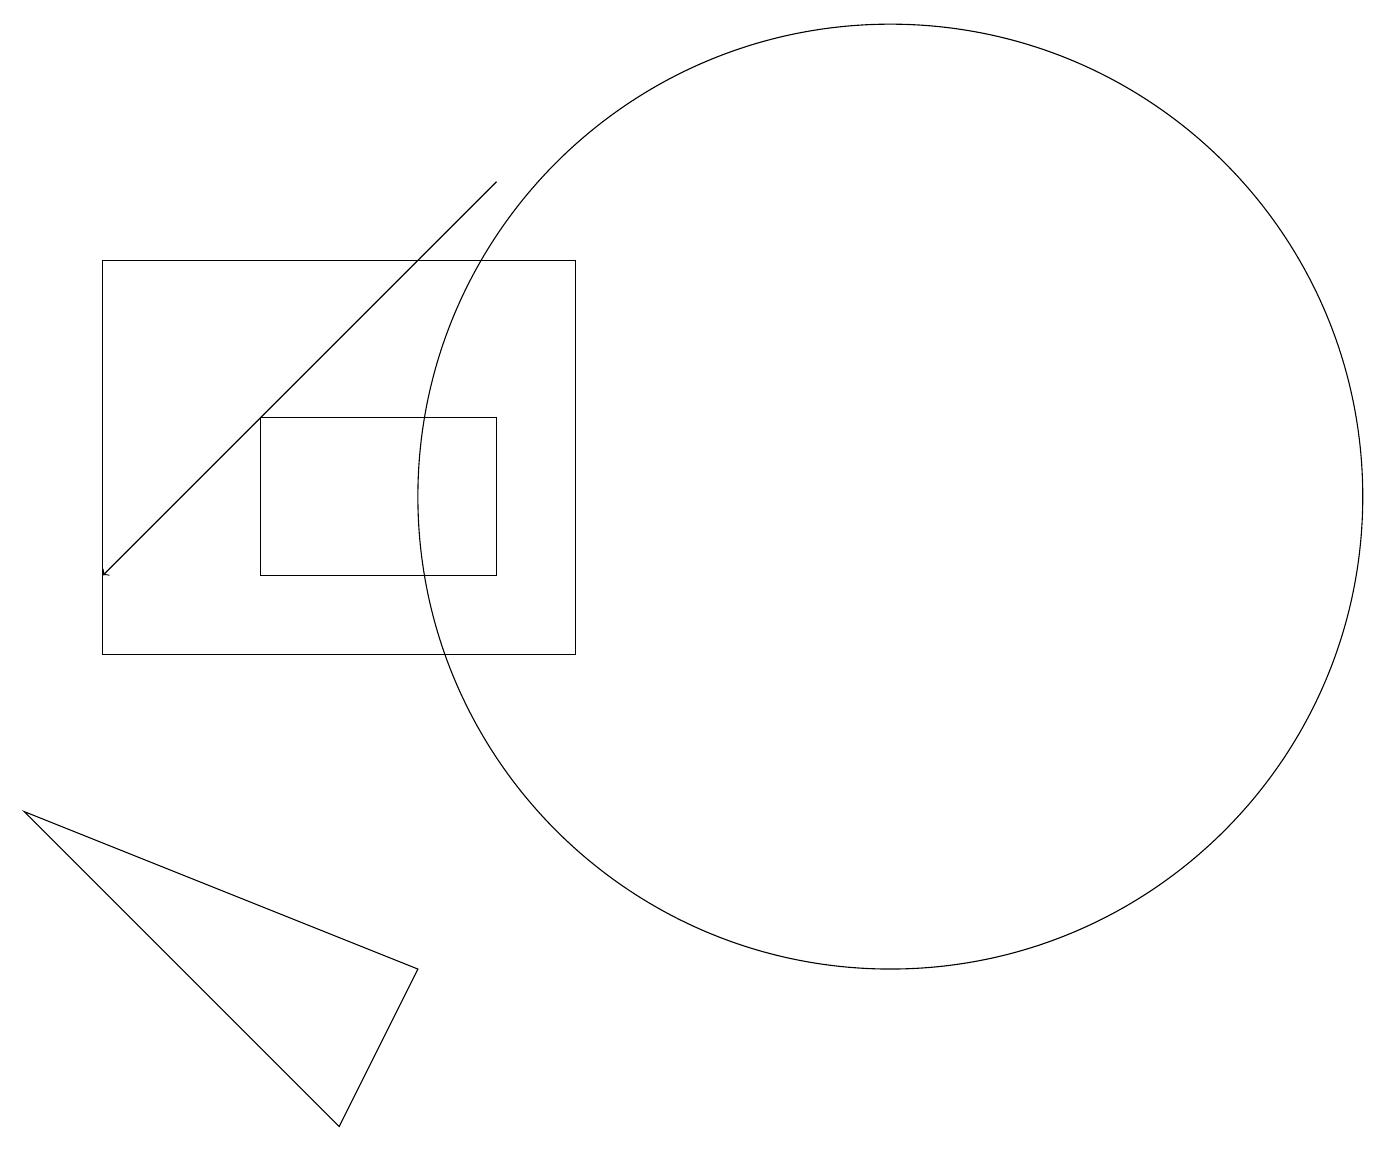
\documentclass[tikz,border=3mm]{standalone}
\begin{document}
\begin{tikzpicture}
\draw[->] (6,16) -- (1,11);
\draw (11,12) circle (6);
\draw (6,13) rectangle (3,11);
\draw (1,10) rectangle (7,15);
\draw (4,4) -- (0,8) -- (5,6) -- cycle;
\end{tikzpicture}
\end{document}